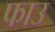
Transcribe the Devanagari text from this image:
फाउ